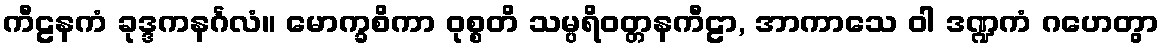
ကီဠနကံ ခုဒ္ဒကနင်္ဂလံ။ မောက္ခစိကာ ဝုစ္စတိ သမ္ပရိဝတ္တနကီဠာ, အာကာသေ ဝါ ဒဏ္ဍကံ ဂဟေတွာ